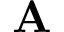
\mathbf { A }